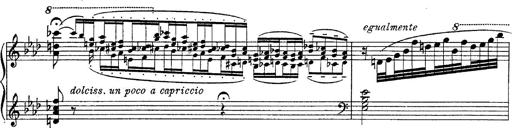
Title: Fantasie Ã¼ber Themen aus Mozarts Figaro und Don Giovanni
Composer: Franz Liszt